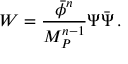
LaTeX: W = \frac { \bar { \phi } ^ { n } } { M _ { P } ^ { n - 1 } } \Psi \bar { \Psi } \, .